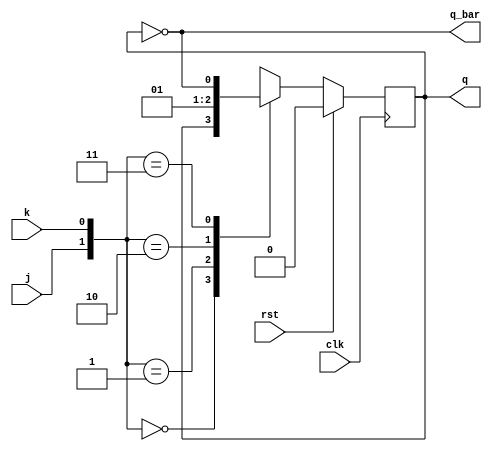
`timescale 1ns / 1ps
//////////////////////////////////////////////////////////////////////////////////
// Company: 
// Engineer: 
// 
// Design Name: 
// Module Name: jk_ff
// Project Name: 
// Target Devices: 
// Tool Versions: 
// Description: 
// 
// Dependencies: 
// 
// Revision:
// Revision 0.01 - File Created
// Additional Comments:
// 
//////////////////////////////////////////////////////////////////////////////////


module jk_ff(
    input j,k,clk,rst,
    output reg q,
    output q_bar
    );
    assign q_bar=~q;
    always@(posedge clk)
      begin
       if(rst)
         q<=0;
         else
           begin
             case({j,k})
              2'b00:q=q;
              2'b01:q=0;
              2'b10:q=1;
              2'b11:q=~q;
            default:q=q;
           endcase
         end
    end
    
              
endmodule